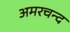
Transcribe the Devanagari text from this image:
अमरचन्द